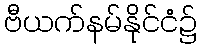
ဗီယက်နမ်နိုင်ငံ၌